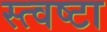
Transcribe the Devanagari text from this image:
स्त्वष्टा